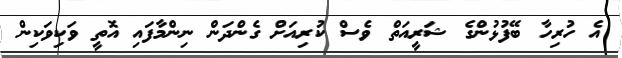
އެ ހުރިހާ ބޭފުޅުންގެ ޝަރީއަތް ވެސް ކުރިއަށް ގެންދަން ނިންމާފައި އޮތީ ވަކިވަކިން